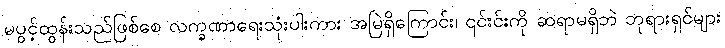
မပွင့်ထွန်းသည်ဖြစ်စေ လက္ခဏာရေးသုံးပါးကား အမြဲရှိကြောင်း၊ ၎င်းင်းကို ဆရာမရှိဘဲ ဘုရားရှင်များ